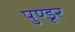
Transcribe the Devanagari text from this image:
पुण्डूर